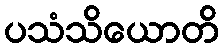
ပသံသိယောတိ